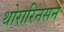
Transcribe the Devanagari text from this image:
थोरारिनसन